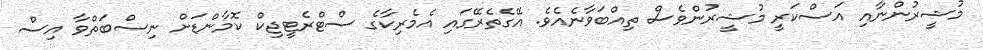
މުޝީރުންނާއި އަސްކަރީ މުޝީރުންވެސް ތިއްބަވާނެއެވެ. އޭގެތެރޭގައި އެމެރިކާގެ ސްޓްރެޓީޖިކް ކޮމާންޑަށް ނިސްބަތްވާ އިސް